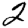
Digit: 2